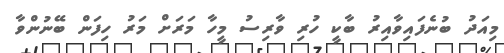
މިއަދު ބުނެފައިވާއިރު ބާކީ ހުރި ވާރިސު މީހާ މަރަށް މަރު ހިފަން ބޭނުންވާ